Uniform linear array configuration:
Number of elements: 16
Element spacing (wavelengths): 0.75
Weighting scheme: kaiser
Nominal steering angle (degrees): -15
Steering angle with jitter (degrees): -15.108
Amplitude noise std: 0.05
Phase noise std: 0.05

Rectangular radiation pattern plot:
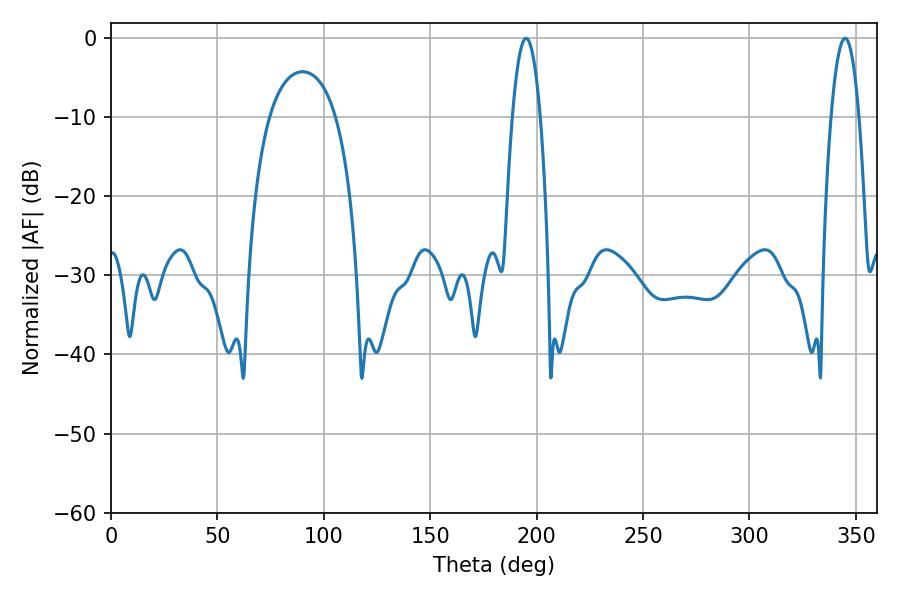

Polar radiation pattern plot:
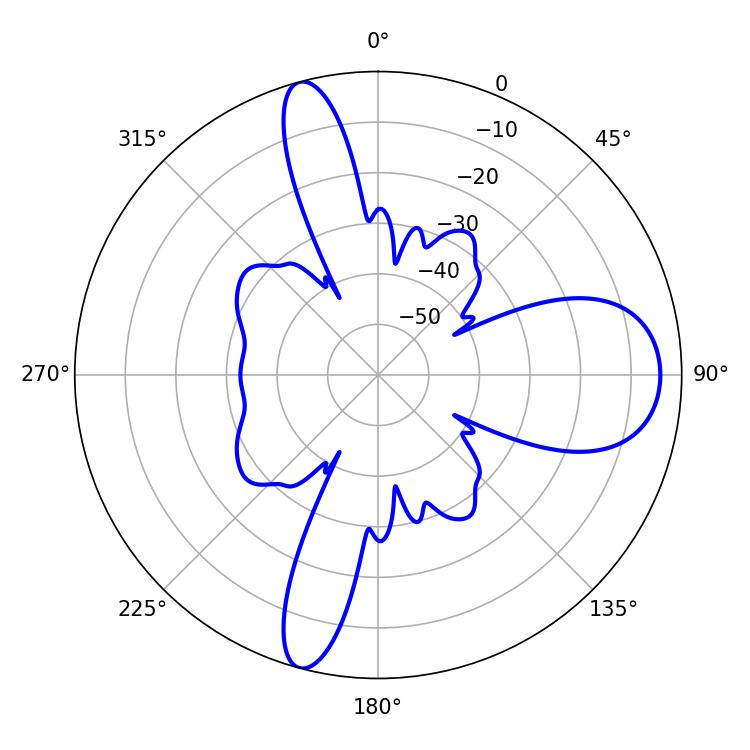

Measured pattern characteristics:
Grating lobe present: TRUE
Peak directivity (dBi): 13.772
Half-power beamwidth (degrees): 7.2
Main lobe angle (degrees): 195.12